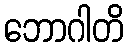
ဘောဂါတိ